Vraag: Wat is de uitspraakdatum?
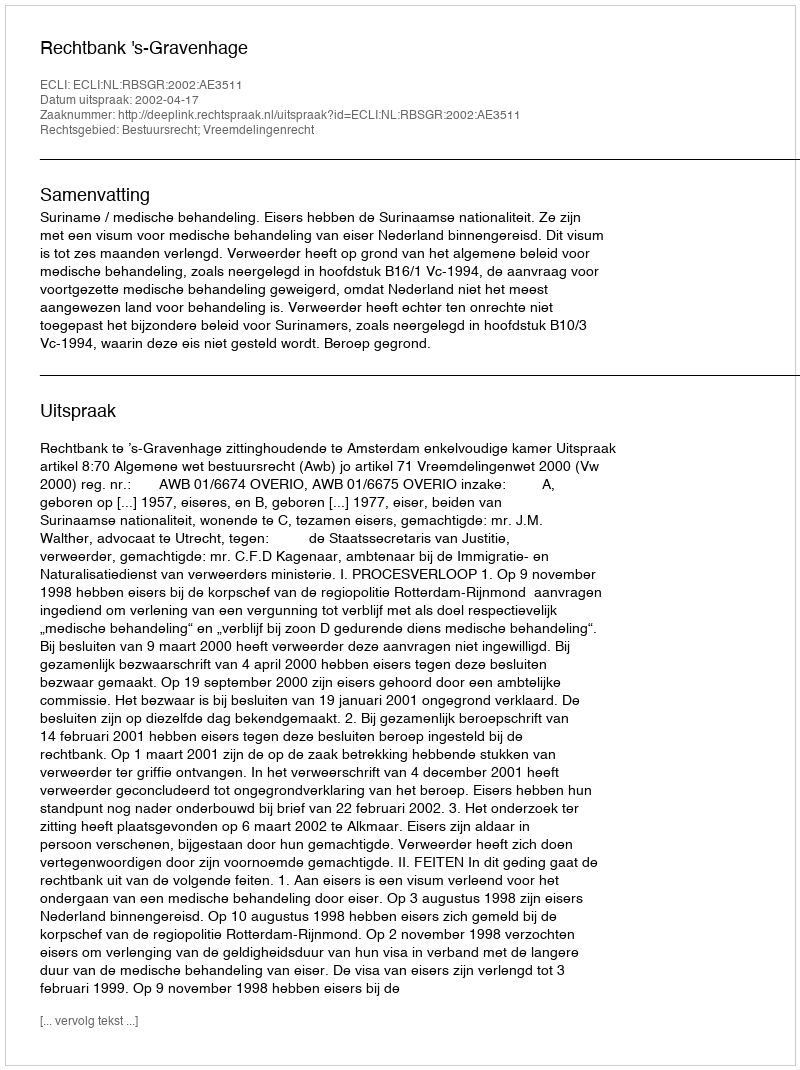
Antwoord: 2002-04-17